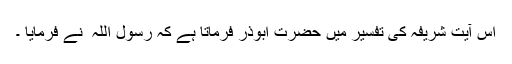
اس آیت شریفہ کی تفسیر میں حضرت ابوذرؓ فرماتا ہے کہ رسول اللہ ؐ نے فرمایا ۔